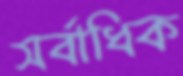
সর্বাধিক